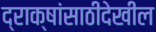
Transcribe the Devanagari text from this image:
द्राक्षांसाठीदेखील